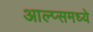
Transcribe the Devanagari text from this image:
आल्प्समध्ये